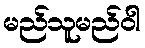
မည်သူမည်ဝါ